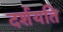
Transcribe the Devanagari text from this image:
दर्शयति